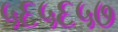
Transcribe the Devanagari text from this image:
५६५६५७